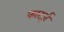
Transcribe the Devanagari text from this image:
कार्ट्ज